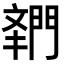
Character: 𬮌